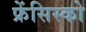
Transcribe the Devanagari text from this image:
फ्रेंसिस्‍को